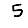
Digit: 5